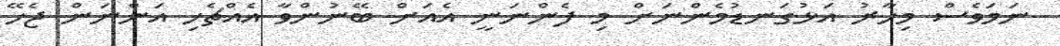
ނަމަވެސް މިހާރު އަޅުގަނޑުމެންނަށް މި ފެންނަނީ އެއަށް ބޭނުންވާ އެއްޗެހި އަންނަން ޖެހޭ